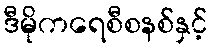
ဒီမိုကရေစီစနစ်နှင့်